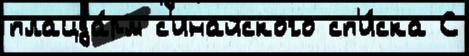
плацда́рм с'инайского сп'и́ска С